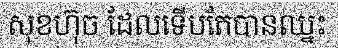
សុខហ៊ុច ដែលទើបតែបានឈ្នះ